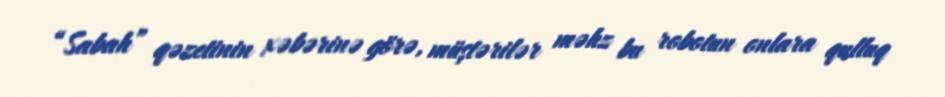
“Sabah” qəzetinin xəbərinə görə, müştərilər məhz bu robotun onlara qulluq